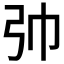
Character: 𢎭